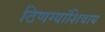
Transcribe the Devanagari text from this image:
ठिणग्यांशिवाय